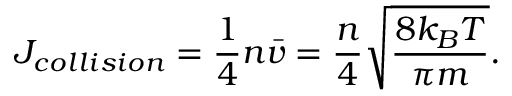
J _ { c o l l i s i o n } = { \frac { 1 } { 4 } } n { \bar { v } } = { \frac { n } { 4 } } { \sqrt { \frac { 8 k _ { B } T } { \pi m } } } .